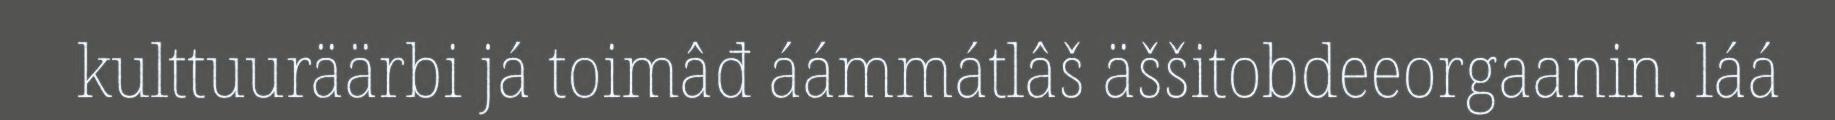
kulttuuräärbi já toimâđ áámmátlâš äššitobdeeorgaanin. láá